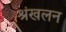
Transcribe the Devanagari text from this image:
श्रंखलन